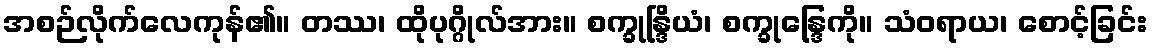
အစဉ်လိုက်လေကုန်၏။ တဿ၊ ထိုပုဂ္ဂိုလ်အား။ စက္ခုန္ဒြိယံ၊ စက္ခုန္ဒြေကို။ သံဝရာယ၊ စောင့်ခြင်း